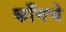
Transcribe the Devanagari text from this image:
काँगचे